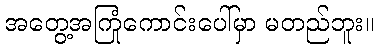
အတွေ့အကြုံကောင်းပေါ်မှာ မတည်ဘူး။